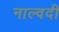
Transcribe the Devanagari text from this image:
नाल्वदी